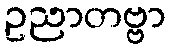
ဥညာတဗ္ဗာ